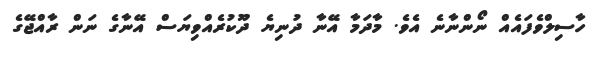
ހާސިލްވެފައެއް ނޯންނާނެ އެވެ. މާދަމާ އޭނާ ދުނިޔެ ދޫކުރެއްވިޔަސް އޭނާގެ ނަން ރާއްޖޭގެ